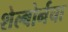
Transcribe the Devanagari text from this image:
शेल्बोर्नचा